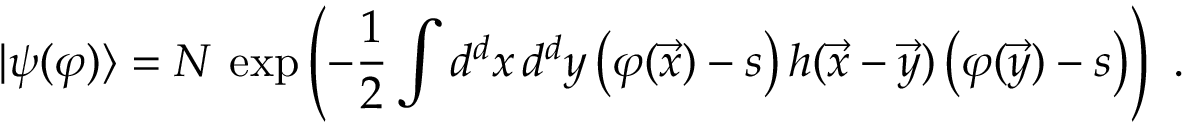
| \psi ( \varphi ) \rangle = { \cal N } \, \exp \left( - { \frac { 1 } { 2 } } \int d ^ { d } x \, d ^ { d } y \, \big ( \varphi ( { \vec { x } } ) - s \big ) \, h ( { \vec { x } } - { \vec { y } } ) \, \big ( \varphi ( { \vec { y } } ) - s \big ) \right) ~ .